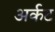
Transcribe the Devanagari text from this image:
अर्कट